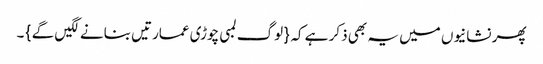
پھر نشانیوں میں یہ بھی ذکر ہے کہ { لوگ لمبی چوڑی عمارتیں بنانے لگیں گے } ۔